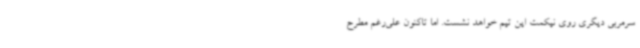
سرمربی دیگری روی نیکمت این تیم خواهد نشست. اما تاکنون علی‌رغم مطرح